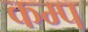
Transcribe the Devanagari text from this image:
कम्‍प